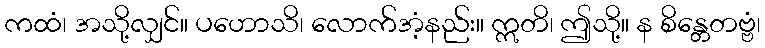
ကထံ၊ အသို့လျှင်။ ပဟောသိ၊ လောက်အံ့နည်း။ ဣတိ၊ ဤသို့။ န စိန္တေတဗ္ဗံ၊